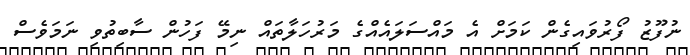
ނުފޫޒު ފޯރުވައިގެން ކަމަށް އެ މައްސަލައެއްގެ މަރުހަލާތައް ނިމޭ ފަހުން ސާބިތުވި ނަމަވެސް